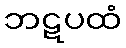
ဘဋပထံ